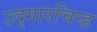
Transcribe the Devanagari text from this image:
उद्गारचिन्ह